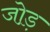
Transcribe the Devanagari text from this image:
जो़ड़